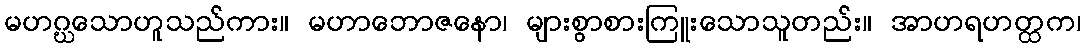
မဟဂ္ဃသောဟူသည်ကား။ မဟာဘောဇနော၊ များစွာစားကြူးသောသူတည်း။ အာဟရဟတ္ထက၊